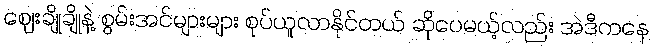
ဈေးချိုချိုနဲ့ စွမ်းအင်များများ စုပ်ယူလာနိုင်တယ် ဆိုပေမယ့်လည်း အဲဒီကနေ